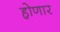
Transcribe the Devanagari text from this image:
हो़णार